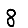
Digit: 8